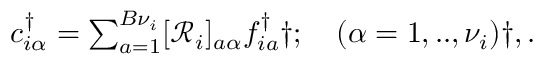
\begin{array} { r } { c _ { i \alpha } ^ { \dagger } = \sum _ { a = 1 } ^ { { B } \nu _ { i } } [ \mathcal { R } _ { i } ] _ { a \alpha } f _ { i a } ^ { \dagger } \dag ; \quad ( \alpha = 1 , . . , \nu _ { i } ) \dag , . } \end{array}